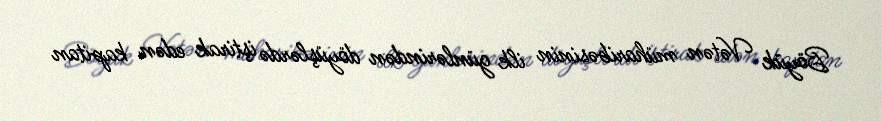
Böyük Vətən müharibəsinin ilk günlərindən döyüşlərdə iştirak edən kapitan